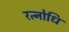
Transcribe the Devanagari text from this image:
रत्नोधि